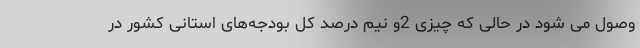
وصول می شود در حالی که چیزی 2و نیم درصد کل بودجه‌های استانی کشور در